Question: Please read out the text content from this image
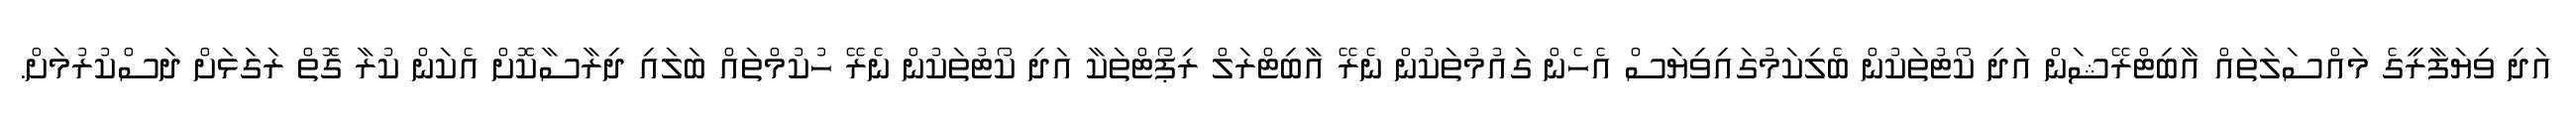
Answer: އަދި ވިޔަފާރީގެ މައްސަލަތައް އާބިޓްރޭޝަން އަދި ކޯޓުތަކުން ބެލިކަމުގައިވިޔަސް އެހެން ގައުމުތަކުން ނެރޭ އާބިޓްރަލް ރިޕޯޓްތަކާ އަދި ކޯޓުތަކުން ނެރޭ ހުކުމްތައް ބަލައި ދިރާސާކޮށް އެކަން ކުރާ ގޮތް ރަގަޅަށް ދަސްކުރުމަށް.